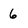
Character: 6